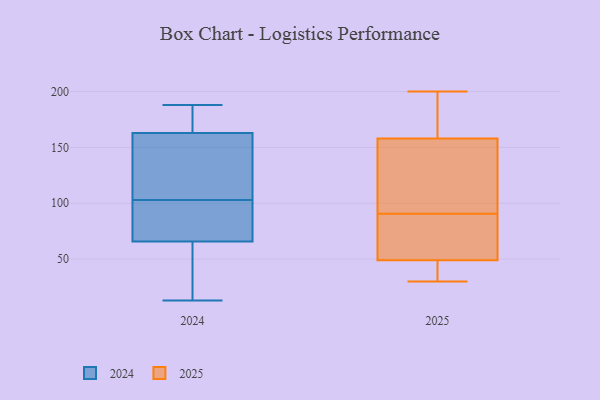
{"axis": {"x": "Latency (ms)", "y": "Value"}, "legend": ["2024", "2025"], "data": [{"x": "", "y": 170, "type": "2025"}, {"x": "", "y": 49, "type": "2025"}, {"x": "", "y": 67, "type": "2025"}, {"x": "", "y": 85, "type": "2025"}, {"x": "", "y": 96, "type": "2025"}, {"x": "", "y": 79, "type": "2025"}, {"x": "", "y": 38, "type": "2025"}, {"x": "", "y": 48, "type": "2025"}, {"x": "", "y": 30, "type": "2025"}, {"x": "", "y": 183, "type": "2025"}, {"x": "", "y": 148, "type": "2025"}, {"x": "", "y": 200, "type": "2025"}, {"x": "", "y": 158, "type": "2025"}, {"x": "", "y": 105, "type": "2025"}, {"x": "", "y": 13, "type": "2024"}, {"x": "", "y": 170, "type": "2024"}, {"x": "", "y": 103, "type": "2024"}, {"x": "", "y": 164, "type": "2024"}, {"x": "", "y": 65, "type": "2024"}, {"x": "", "y": 75, "type": "2024"}, {"x": "", "y": 102, "type": "2024"}, {"x": "", "y": 112, "type": "2024"}, {"x": "", "y": 70, "type": "2024"}, {"x": "", "y": 17, "type": "2024"}, {"x": "", "y": 188, "type": "2024"}, {"x": "", "y": 142, "type": "2024"}, {"x": "", "y": 27, "type": "2024"}, {"x": "", "y": 68, "type": "2024"}, {"x": "", "y": 19, "type": "2024"}, {"x": "", "y": 127, "type": "2024"}, {"x": "", "y": 185, "type": "2024"}, {"x": "", "y": 184, "type": "2024"}, {"x": "", "y": 160, "type": "2024"}]}